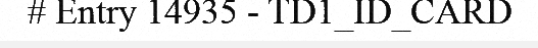
# Entry 14935 - TD1_ID_CARD